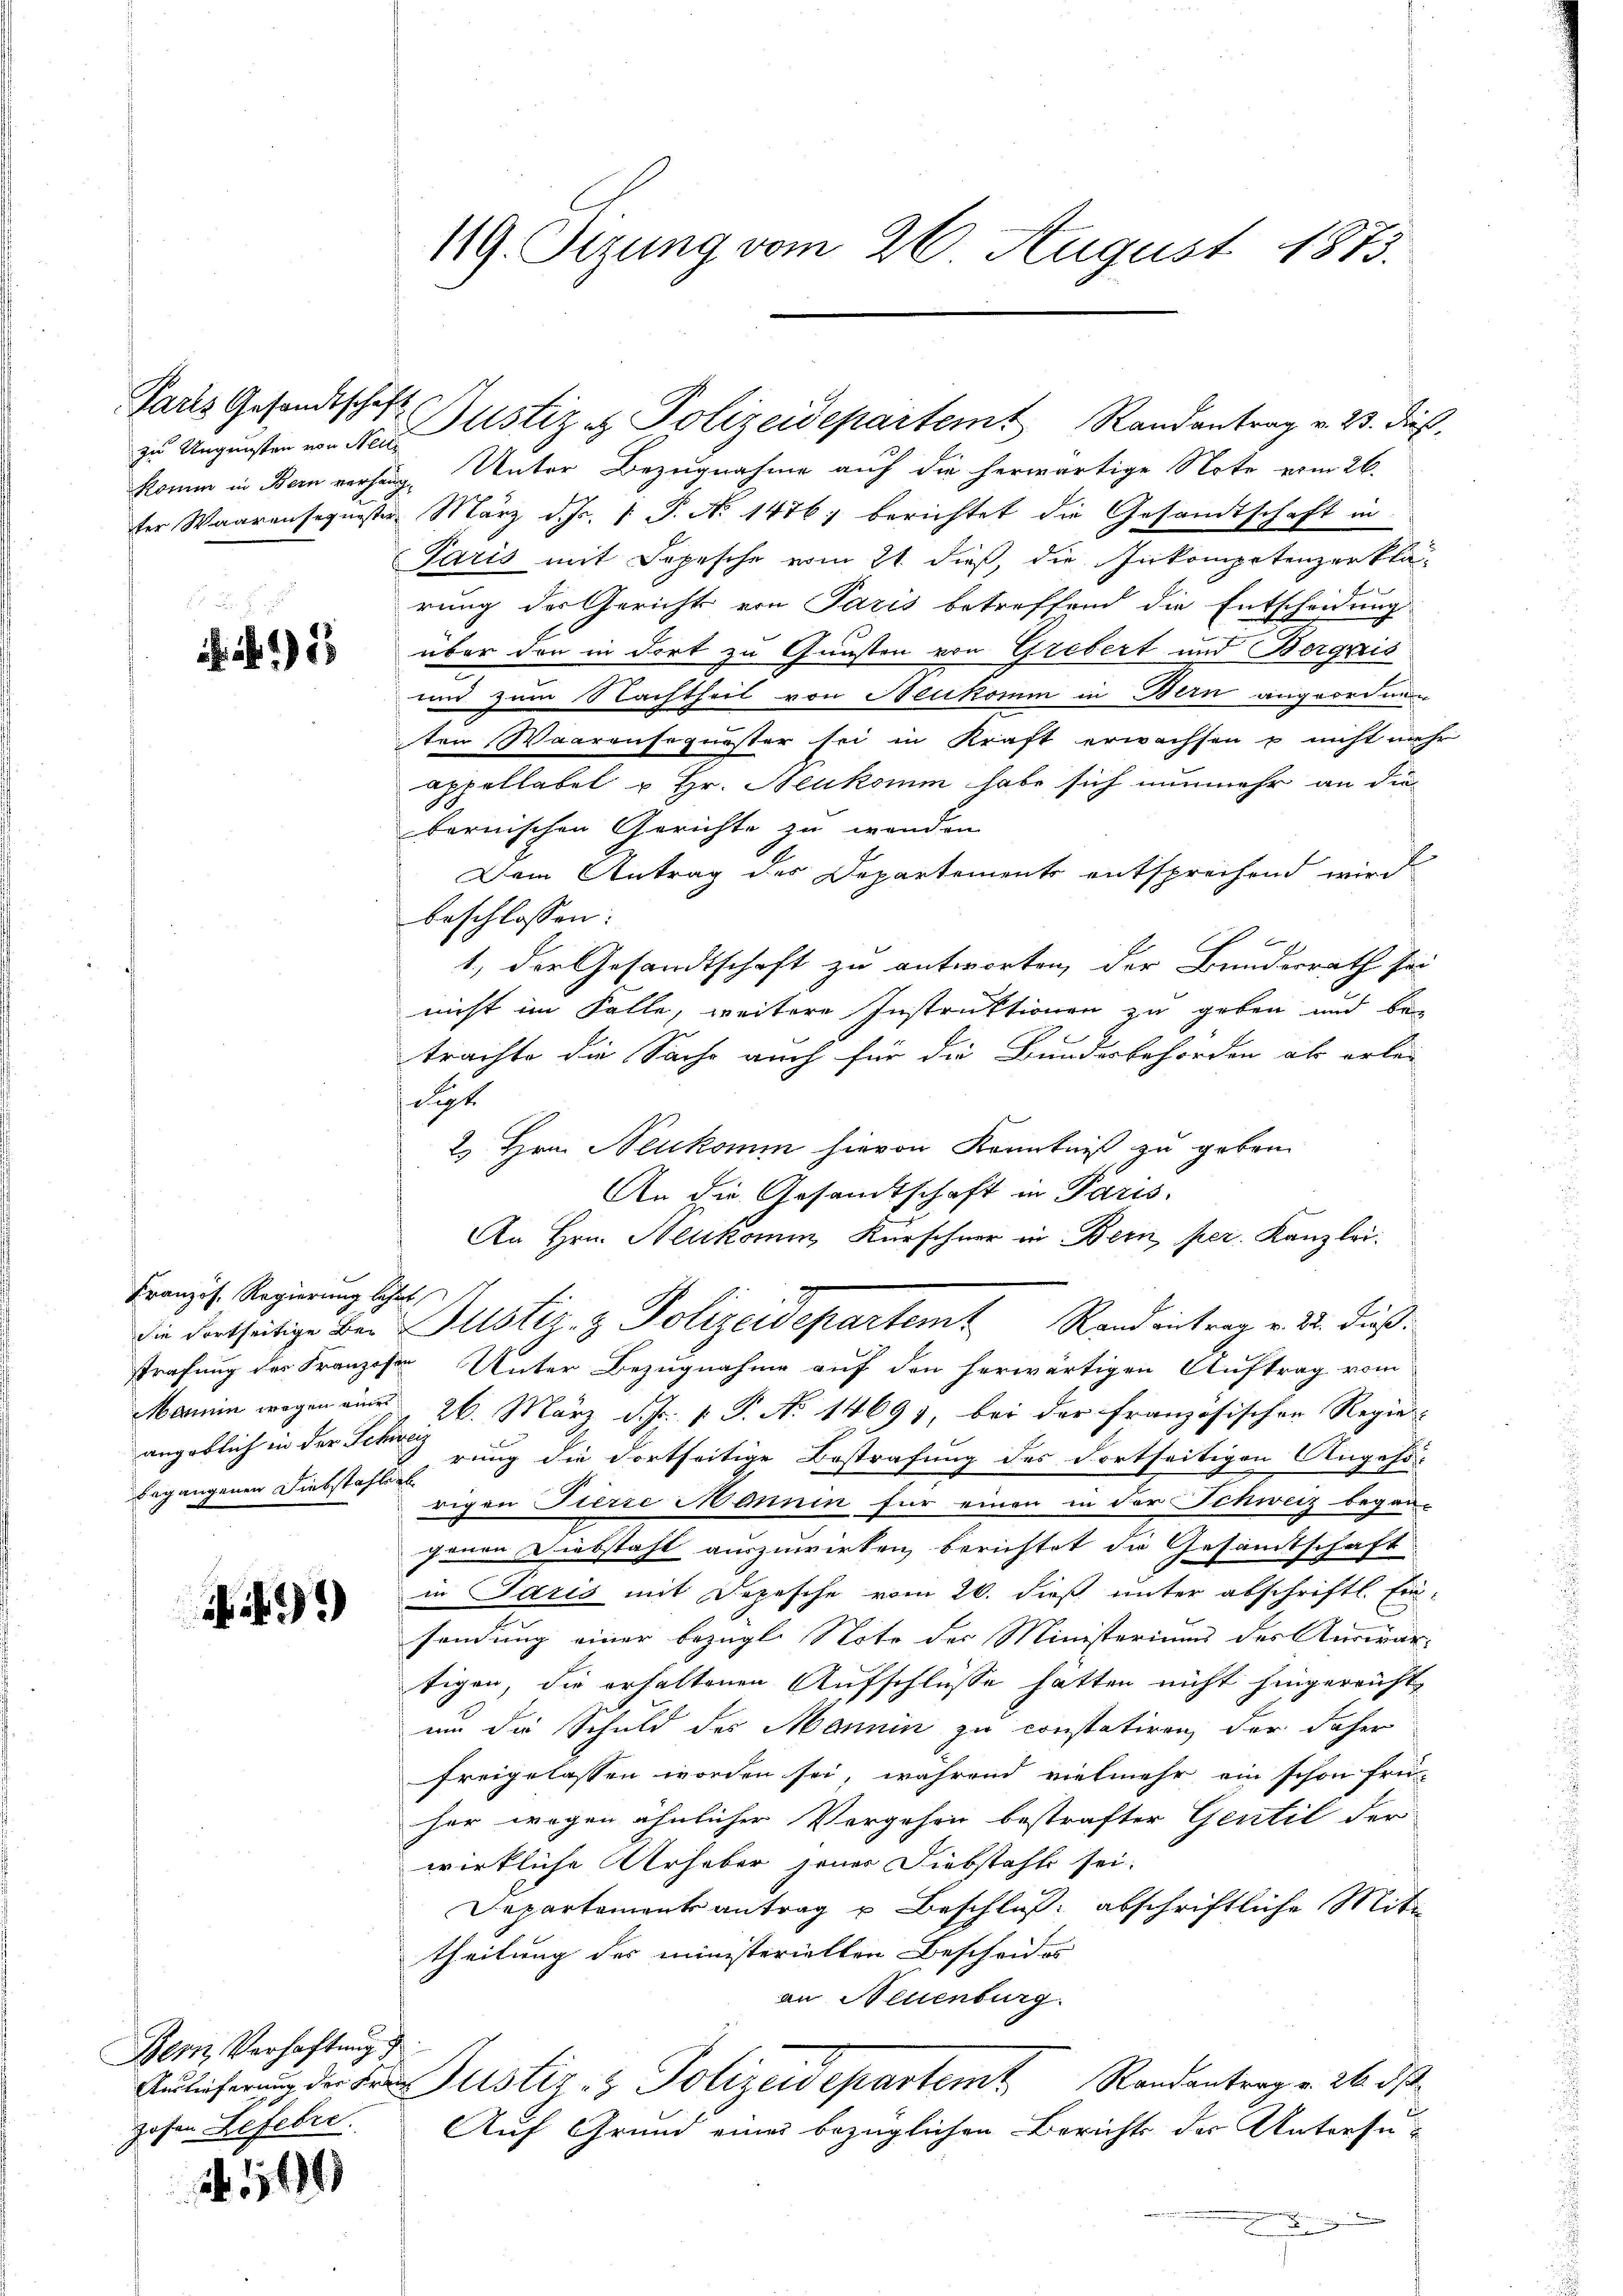
Paris Gesandtschaft

)

Französ. Regierung lehrt,
angeblich in der Schweiz
begangenen Diebstahlig

49)

Bern, Verhaftung d
Hohen Lefebre

16

119. Sizung vom 26. August 1873.

Komm in Bern verhäng. Unter Bezugnahme auf die herwärtige Note vom 26.
ter Waarensequester März d. Js. 1 P. No 1476) berichtet die Gesandtschaft in
Paris mit Depesche vom 21. dieß, die Inkompetenzer Plarung der Gericht von Paris betreffend die Entscheidung
über den in dort zu Gunsten von Grebert und Bergris
und zum Nachtheit von Neukomm in Bern angeordnen
ten Waarensequester sei in Kraft erwachsen u nicht nach
appellabel & Hr. Neukomm habe sich nunmehr an die
bernischen Gerichte zu wenden.
Dem Antrag des Departements entsprechend wird
beschlossen:
1., der Gesandtschaft zu antworten, der Bundesrath sei
nicht im Falle, weitere Instruktionen zu geben und be-
trachte die Sache auch für die Bundesbehörden als erlei
t
2. Hrn. Neukomm hievon Kenntniß zu geben.
An die Gesandtschaft in Paris,
An Hrn. Heukomm, Kürschner in Bern, per. Kanzlei.
die dorthätige bei Justiz- & Polizeidepartem Randantrag v. 22. dieß:
strafung der Franzosen Unter Bezugnahme auf den herwärtigen Auftrag vom
Mamin wegen am 26. März d. J. P. No 14693, bei der französischen Regier-
rung die Fortseitige Bestrafung des Fortseitigen Angehö-
rigen Fierze Mannen für einen in der Schweiz began-
genen Diebstahl auszuwirken berichtet die Gesamtschaft
in Paris mit Depesche vom 26. dieß unter abschriftl. Ein-
sendung einer bezügl. Note der Ministeriums des Auswar-
tigen, die erhaltenen Aufschlüsse hatten nicht hingereicht,
um die Schuld des Mannin zu constatiren, der daher
freigelassen worden sei, während vielmehr ein schon frei-
her wegen ähnlicher Vergehen bestrafter Gentil der
wirkliche Urheber jener Diebstahls sei.
Departementsantrag u Beschluss abschriftliche Mite
theilung des ministeriellen Bescheides
an Neuenburg.
Auslicherung der Frau Justiz- & Polizeidepartemt Randantrag v. 26. ds.
Auf Grund eines bezüglichen Berichts der Untersu¬

zu Ungunsten wo di ustiz et Polizeidepartem Randantrag v. 23. dies